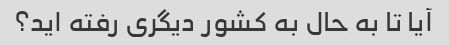
آیا تا به حال به کشور دیگری رفته اید؟